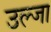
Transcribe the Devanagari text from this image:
उल्जा